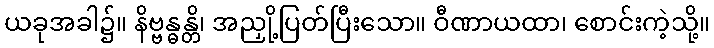
ယခုအခါ၌။ နိဗ္ဗန္ဓန္တိ၊ အညှို့ပြတ်ပြီးသော။ ဝီဏာယထာ၊ စောင်းကဲ့သို့။